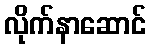
လိုက်နာဆောင်